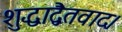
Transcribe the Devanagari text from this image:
शुद्धाद्वैतवाद।